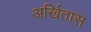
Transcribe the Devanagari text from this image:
अर्खितास